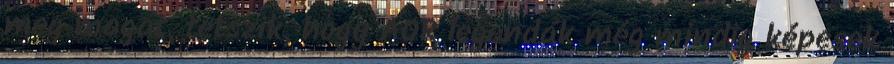
meg magát, tetszik, hogy AOR legendák még mindig képesek